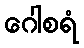
ဂေါစရံ